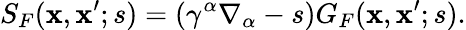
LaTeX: S_{F}(\mathbf{x},\mathbf{x}^{\prime};s)=(\gamma^{\alpha}\nabla_{\alpha}-s)G_{F}(\mathbf{x},\mathbf{x}^{\prime};s).